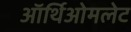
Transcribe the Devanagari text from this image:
ऑर्थिओमलेट